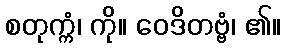
စတုက္ကံ၊ ကို။ ဝေဒိတဗ္ဗံ၊ ၏။